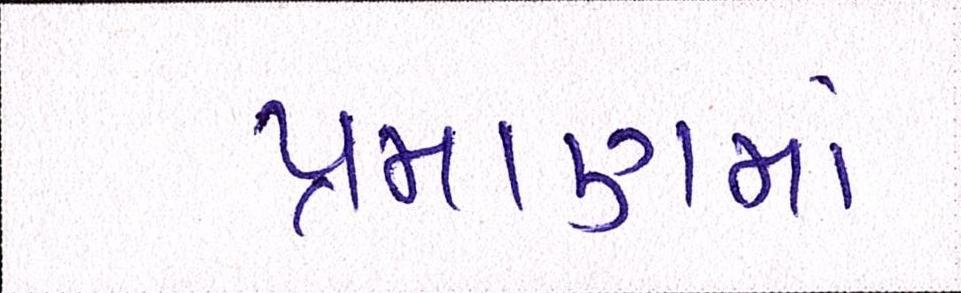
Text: પ્રમાણમાં